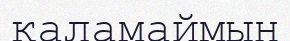
қаламаймын